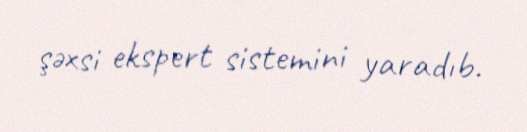
şəxsi ekspert sistemini yaradıb.